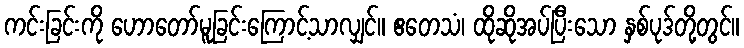
ကင်းခြင်းကို ဟောတော်မူခြင်းကြောင့်သာလျှင်။ ဧတေသံ၊ ထိုဆိုအပ်ပြီးသော နှစ်ပုဒ်တို့တွင်။